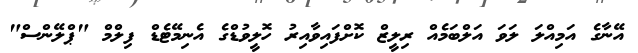
އޭނާގެ އަމިއްލަ ލަވަ އަލްބަމެއް ރިލީޒް ކޮށްފައިވާއިރު ހޮލީވުޑްގެ އެނިމޭޓެޑް ފިލްމް "ޕްލޭންސް"